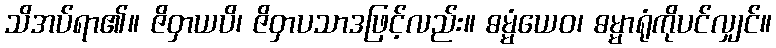
သိအပ်ရာ၏။ ဇိဝှာယပိ၊ ဇိဝှာပသာဒဖြင့်လည်း။ ဓမ္မံယေဝ၊ ဓမ္မာရုံကိုပင်လျှင်။